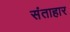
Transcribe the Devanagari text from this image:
संताहार